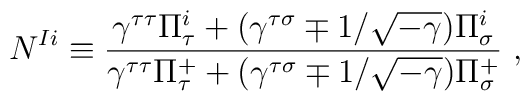
N^{Ii} \equiv  \frac{\gamma^{\tau\tau} \Pi^i_\tau         + (\gamma^{\tau\sigma}\mp 1/\sqrt{-\gamma})\Pi^i_\sigma}{        \gamma^{\tau\tau} \Pi^+_\tau         + (\gamma^{\tau\sigma}\mp 1/\sqrt{-\gamma})\Pi^+_\sigma}~,